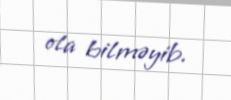
ola bilməyib.